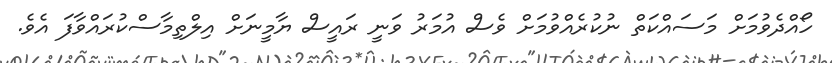
ހޯއްދެވުމަށް މަސައްކަތް ނުކުރެއްވުމަށް ވެސް އުމަރު ވަނީ ރައީސް ޔާމީނަށް އިލްތިމާސްކުރައްވާފަ އެވެ.